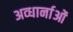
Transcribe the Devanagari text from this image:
अव्धार्नाओं